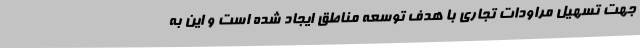
جهت تسهیل مراودات تجاری با هدف توسعه مناطق ایجاد شده است و این به